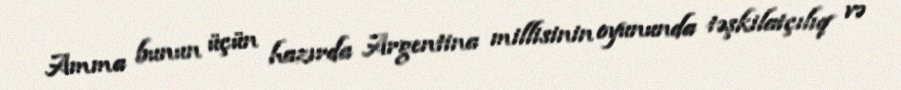
Amma bunun üçün hazırda Argentina millisinin oyununda təşkilatçılıq və